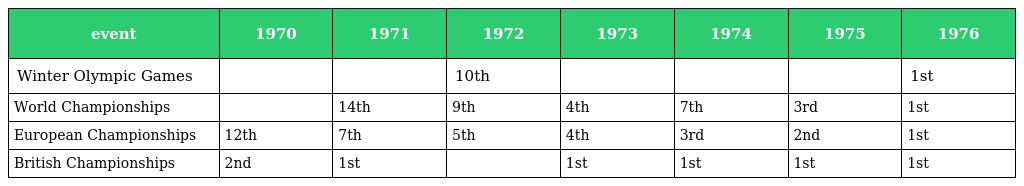
| event | 1970 | 1971 | 1972 | 1973 | 1974 | 1975 | 1976 |
 | --- | --- | --- | --- | --- | --- | --- | --- |
 | Winter Olympic Games |  |  | 10th |  |  |  | 1st |
 | World Championships |  | 14th | 9th | 4th | 7th | 3rd | 1st |
 | European Championships | 12th | 7th | 5th | 4th | 3rd | 2nd | 1st |
 | British Championships | 2nd | 1st |  | 1st | 1st | 1st | 1st |